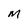
Character: M